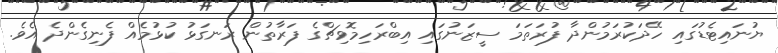
ޔުނައިޓެޑުގައި ހޭދަކުރަމުންދާ ފުރަތަމަ ސީޒަނުގައި އިބްރަހިމޮވިޗްގެ ފަރާތުން ރަނގަޅު ކުޅުމެއް ފެނިގެންދެ އެވެ.